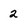
Character: 2